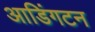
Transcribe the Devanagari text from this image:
आडिंगटन